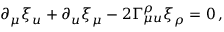
\partial _ { \mu } \xi _ { u } + \partial _ { u } \xi _ { \mu } - 2 \Gamma _ { \mu u } ^ { \rho } \xi _ { \rho } = 0 \, ,